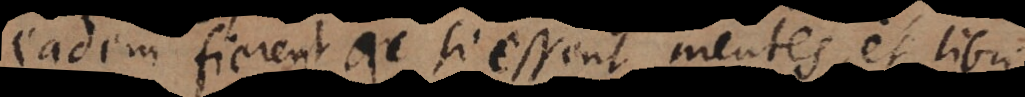
eadem fierent ac si essent mentes, et libri